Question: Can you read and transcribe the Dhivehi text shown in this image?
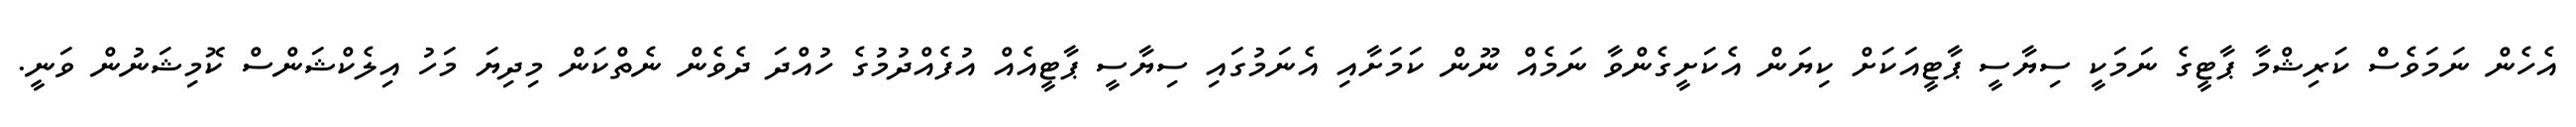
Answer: އެހެން ނަމަވެސް ކަރިޝްމާ ޕާޓީގެ ނަމަކީ ސިޔާސީ ޕާޓީއަކަށް ކިޔަން އެކަށީގެންވާ ނަމެއް ނޫން ކަމަށާއި އެނަމުގައި ސިޔާސީ ޕާޓީއެއް އުފެއްދުމުގެ ހުއްދަ ދެވެން ނެތްކަން މިދިޔަ މަހު އިލެކްޝަންސް ކޮމިޝަނުން ވަނީ.